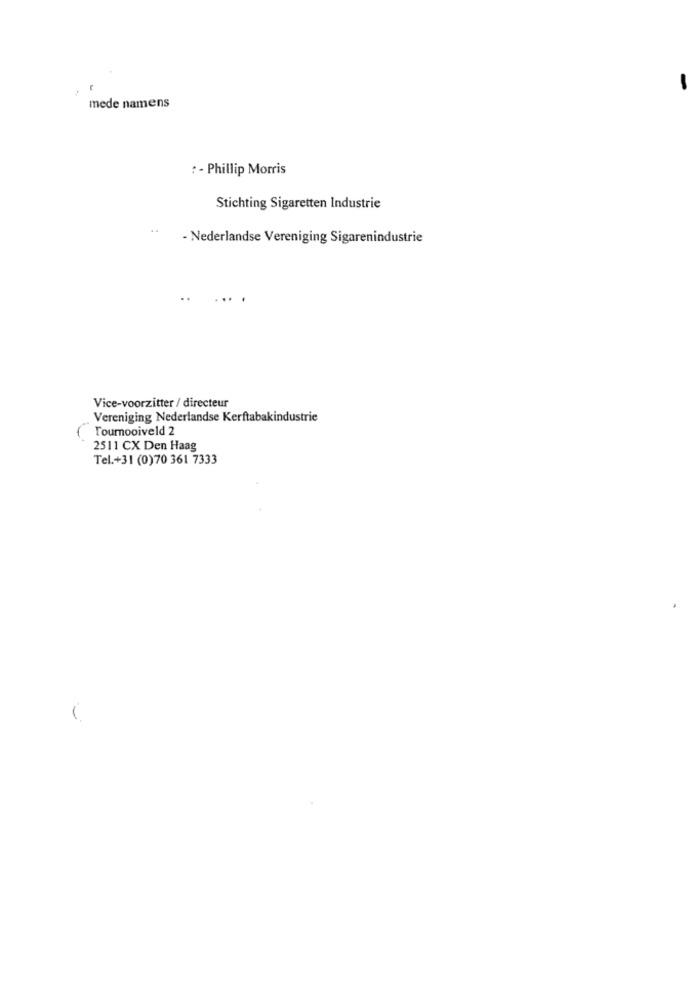
mede namens
: - Phillip Morris
Stichting Sigaretten Industrie
- Nederlandse Vereniging Sigarenindustrie
Vice-voorzitter / directeur
Vereniging Nederlandse Kerftabakindustrie
Tournooiveld 2
2511 CX Den Haag
Tel.+31 (0)70 361 7333